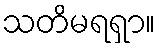
သတိမရရှာ။